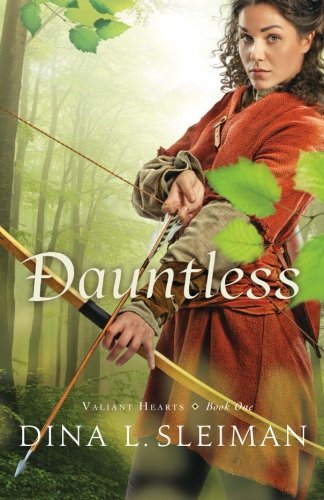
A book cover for Dauntless (Valiant Hearts) (Volume 1); Dina L. Sleiman; Teen & Young Adult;